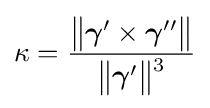
\kappa ={\frac {{\bigl \|}{\boldsymbol {\gamma }}'\times {\boldsymbol {\gamma }}''{\bigr \|}}{{\bigl \|}{\boldsymbol {\gamma }}'{\bigr \|}{\vphantom {'}}^{3}}}